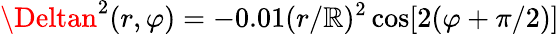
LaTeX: \Deltan^{2}(r,\varphi)=-0.01(r/\mathbb{R})^{2}\cos[2(\varphi+\pi/2)]